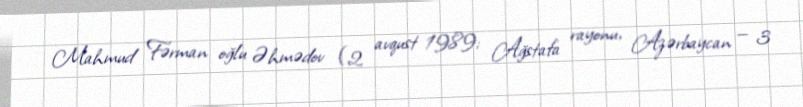
Mahmud Fərman oğlu Əhmədov (2 avqust 1989; Ağstafa rayonu, Azərbaycan — 3